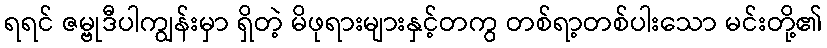
ရရင် ဇမ္ဗုဒီပါကျွန်းမှာ ရှိတဲ့ မိဖုရားများနှင့်တကွ တစ်ရာ့တစ်ပါးသော မင်းတို့၏